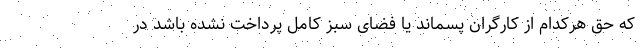
که حق هرکدام از کارگران پسماند یا فضای سبز کامل پرداخت نشده باشد در